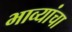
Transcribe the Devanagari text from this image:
भाव्यांचा